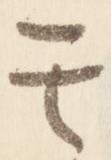
其